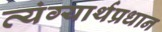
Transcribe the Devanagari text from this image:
व्यंग्यार्थप्रधान